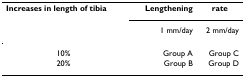
| Increases in length of tibia |  | Lengthening | rate |
 |  |  | 1 mm/day | 2 mm/day |
 | --- | --- | --- | --- |
 | 10% |  | Group A | Group C |
 | 20% |  | Group B | Group D |